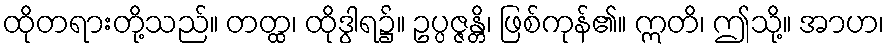
ထိုတရားတို့သည်။ တတ္ထ၊ ထိုဒွါရ၌။ ဥပ္ပဇ္ဇန္တိ၊ ဖြစ်ကုန်၏။ ဣတိ၊ ဤသို့။ အာဟ၊